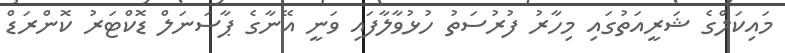
މައިކަލްގެ ޝަރީއަތުގައި މިހާރު ފުރުސަތު ހުޅުވާލާފައި ވަނީ އޭނާގެ ޕާސަނަލް ޑޮކްޓަރު ކޮންރަޑް